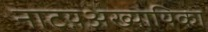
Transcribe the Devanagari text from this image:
नाटय़अख्यायिका